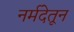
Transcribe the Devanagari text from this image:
नर्मदेतून